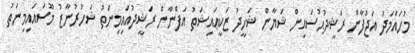
މުހައްމަދު އަޖުފާން ރަޝީދުޙުސައިން ޝަޔާން ޝަހީދު ޒަކީޢައިޝަތު އަފްނާން ރަޝީދުއައިމިނަތު ޝަހުރުނާޒު މޫސައައިމިނަތު